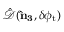
\hat { \mathcal { D } } ( { \bf \hat { n } _ { 3 } } , \delta \phi _ { \mathrm { t } } )